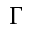
\Gamma